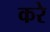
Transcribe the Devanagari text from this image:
करेे